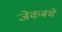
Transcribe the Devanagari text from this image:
जेकबचे